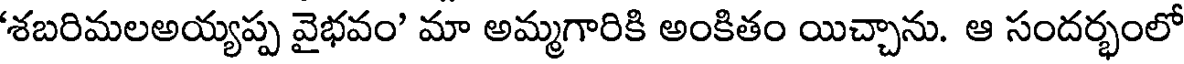
శబరిమలఅయ్యప్ప వైభవం' మా అమ్మగారికి అంకితం యిచ్చాను. ఆ సందర్భంలో